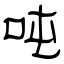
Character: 吨